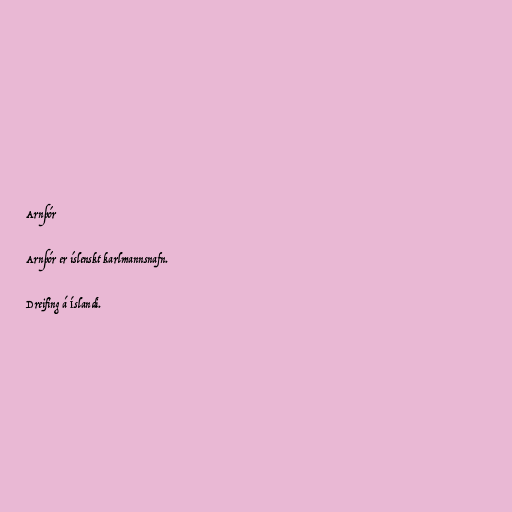
Arnþór

Arnþór er íslenskt karlmannsnafn.

Dreifing á Íslandi.